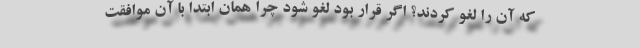
که آن را لغو کردند؟ اگر قرار بود لغو شود چرا همان ابتدا با آن موافقت